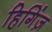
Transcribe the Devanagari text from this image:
हिगिंज़